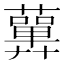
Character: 𧂳